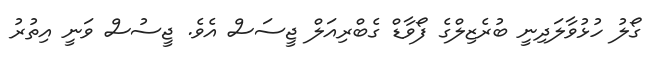
ގޯލު ހުޅުވާލަދިނީ ބުރެޒިލްގެ ފޯވާޑް ގެބްރިއަލް ޖީސަސް އެވެ. ޖީސުސް ވަނީ އިތުރު